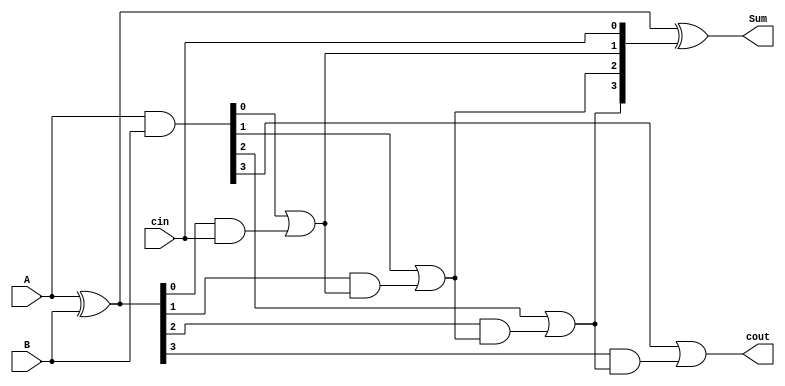
//4bit CLA
module cla_4bit(A, B, cin, Sum, cout);
    input [3:0] A;
    input [3:0] B;
    input cin;
    output [3:0] Sum;
    output cout;

    wire [3:0] p, g;
    wire [4:0] c;

    assign p = A ^ B;
    assign g = A & B;

    assign c[0] = cin;
    assign c[1] = g[0] | (p[0] & c[0]);
    assign c[2] = g[1] | (p[1] & c[1]);
    assign c[3] = g[2] | (p[2] & c[2]);
    assign c[4] = g[3] | (p[3] & c[3]);

    assign Sum = p ^ c[3:0];
    assign cout = c[4];
endmodule

//16bit CLA
module cla_16bit(A, B, cin, sub, Sum, Ovfl);
    input [15:0] A;
    input [15:0] B;
    input cin;
    input sub;
    output [15:0] Sum;
    output Ovfl;

    wire carry_in;
    wire [15:0] B_input;
    wire [3:0] carry_out;
    wire [15:0] tmp_sum;
    wire ovfl_add;
    wire ovfl_sub;
    
    assign carry_in = sub;
    assign B_input = (sub) ? ~B : B;
    
    cla_4bit cla0(.A(A[3:0]), .B(B_input[3:0]), .cin(carry_in), .Sum(tmp_sum[3:0]), .cout(carry_out[0]));
    cla_4bit cla1(.A(A[7:4]), .B(B_input[7:4]), .cin(carry_out[0]), .Sum(tmp_sum[7:4]), .cout(carry_out[1]));
    cla_4bit cla2(.A(A[11:8]), .B(B_input[11:8]), .cin(carry_out[1]), .Sum(tmp_sum[11:8]), .cout(carry_out[2]));
    cla_4bit cla3(.A(A[15:12]), .B(B_input[15:12]), .cin(carry_out[2]), .Sum(tmp_sum[15:12]), .cout(carry_out[3]));

    assign ovfl_add = (~A[15] & ~B_input[15] & tmp_sum[15]);
    assign ovfl_sub = (A[15] & B_input[15] & ~tmp_sum[15]);
    assign Ovfl = ovfl_add | ovfl_sub;
    assign Sum = (ovfl_add) ? 16'h7fff : (ovfl_sub) ? 16'h8000 : tmp_sum;
endmodule